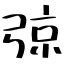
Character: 弶